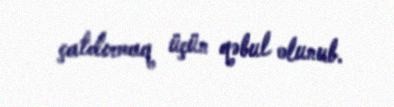
çatdırmaq üçün qəbul olunub.